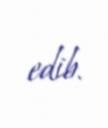
edib.